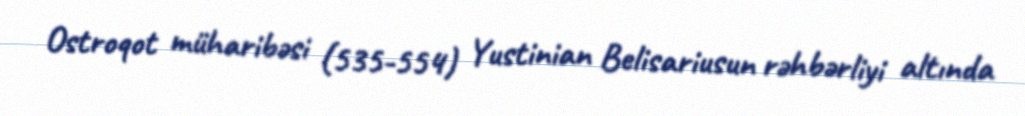
Ostroqot müharibəsi (535-554) Yustinian Belisariusun rəhbərliyi altında